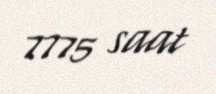
7775 saat